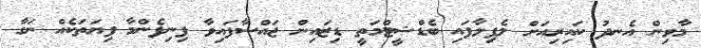
މާވިން އެނދު ކައިރިއަށް ލެފިލާފައި ބެޑްޝީޓްމަތީ ޑިޒައިން ޖައްސާފައިވާ ފިނިފެންމާ ފިޔަތަކެއް ނަގާ